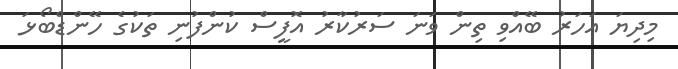
މިދިޔަ އަހަރު ބޭއްވި ތިން ވަނަ ސަރުކާރު އޮފީސް ކުންފުނި ތަކުގެ ހޭންޑްބޯޅަ